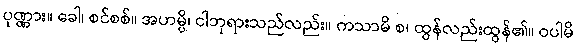
ပုဏ္ဏား။ ခေါ၊ စင်စစ်။ အဟမ္ပိ၊ ငါဘုရားသည်လည်း။ ကသာမိ စ၊ ထွန်လည်းထွန်၏။ ဝပါမိ